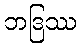
ဘဒြဿ